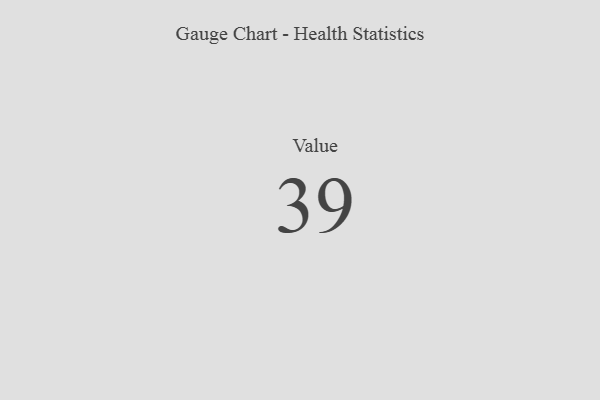
{"axis": {"x": "Metric", "y": "Value"}, "legend": [""], "data": [{"x": "Value", "y": 39, "type": ""}]}